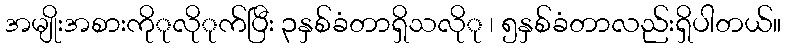
အမျိုးအစားကိုုလိုုက်ပြီး ၃နှစ်ခံတာရှိသလိုု ၊ ၅နှစ်ခံတာလည်းရှိပါတယ်။